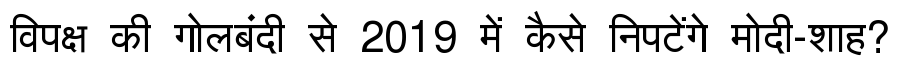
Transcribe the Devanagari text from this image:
विपक्ष की गोलबंदी से 2019 में कैसे निपटेंगे मोदी-शाह?